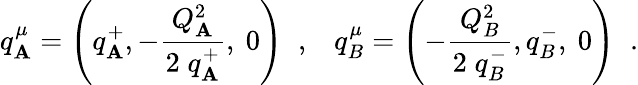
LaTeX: q_{\mathbf{A}}^{\mu}=\left(q_{\mathbf{A}}^{+},-{\frac{{Q_{\mathbf{A}}^{2}}}{{2\; q_{\mathbf{A}}^{+}}}},{\mathrm{{\mathbf{~}0}}}\right)\; \; ,\; \; \; q_{B}^{\mu}=\left(-{\frac{{Q_{B}^{2}}}{{2\; q_{B}^{-}}}},q_{B}^{-},{\mathrm{{\mathbf{~}0}}}\right)\; \; .